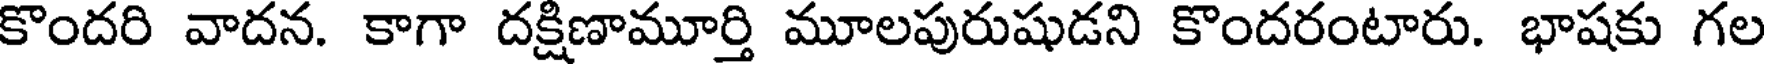
కొందరి వాదన. కాగా దక్షిణామూర్తి మూలపురుషుడని కొందరంటారు. భాషకు గల